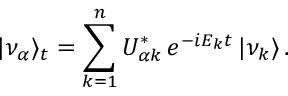
| \nu _ { \alpha } \rangle _ { t } = \sum _ { k = 1 } ^ { n } U _ { { \alpha } k } ^ { * } \, e ^ { - i E _ { k } t } \, | \nu _ { k } \rangle \, .